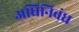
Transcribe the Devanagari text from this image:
अधिनिबंध